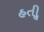
હતીૢ